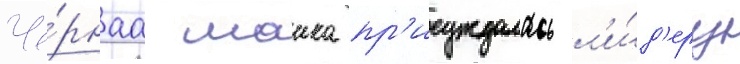
Чё́рнаа маика пр'исуждалась л'и́д'еру